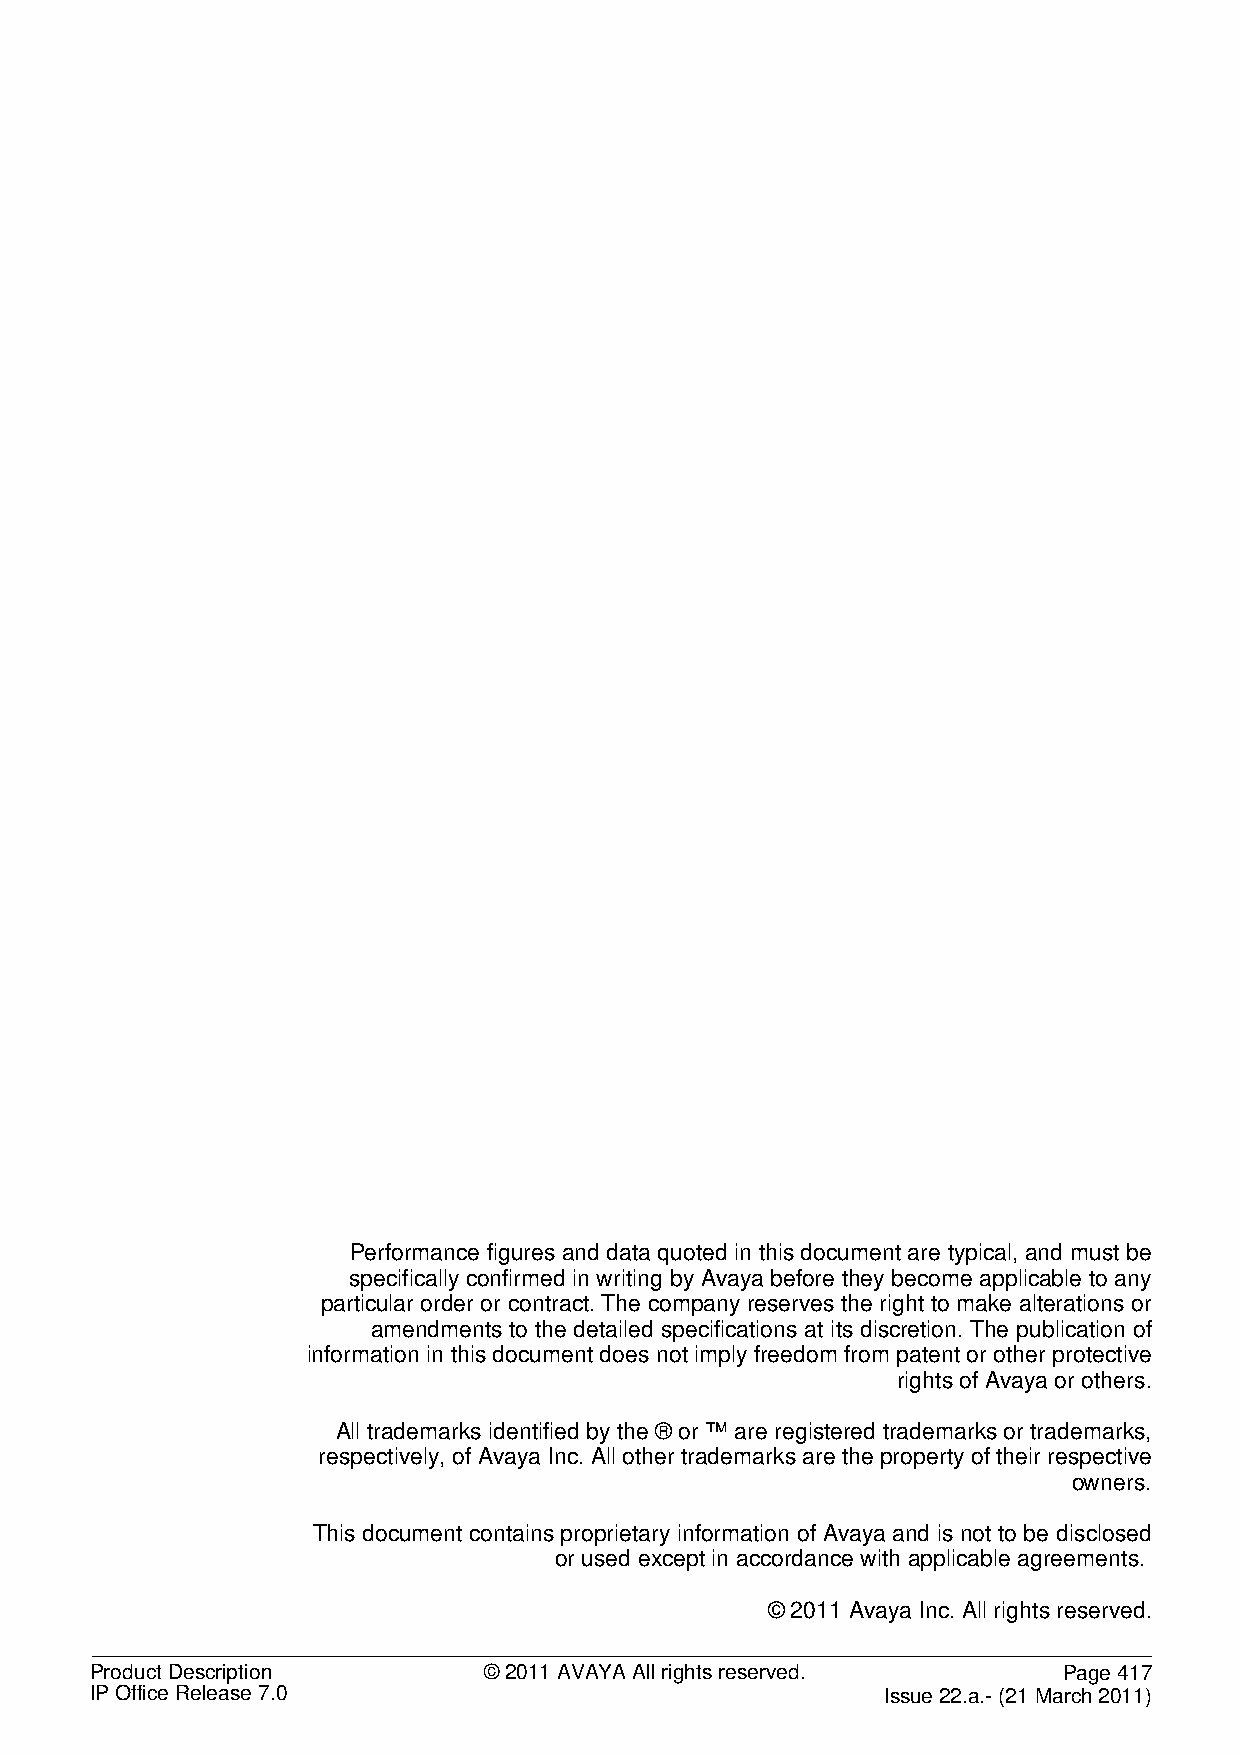
Performance figures and data quoted in this document are typical, and must be
 specifically confirmed in writing by Avaya before they become applicable to any
 particular order or contract. The company reserves the right to make alterations or
 amendments to the detailed specifications at its discretion. The publication of
 information in this document does not imply freedom from patent or other protective
 rights of Avaya or others.
 All trademarks identified by the ® or ™ are registered trademarks or trademarks,
 respectively, of Avaya Inc. All other trademarks are the property of their respective
 owners.
 This document contains proprietary information of Avaya and is not to be disclosed
 or used except in accordance with applicable agreements.
 © 2011 Avaya Inc. All rights reserved.
 Product Description       © 2011 AVAYA All rights reserved.     Page 417
 IP Office Release 7.0                                Issue 22.a.- (21 March 2011)